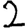
Digit: 2